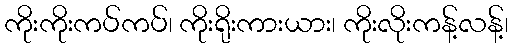
ကိုးကိုးကပ်ကပ်၊ ကိုးရိုးကားယား၊ ကိုးလိုးကန့်လန့်၊